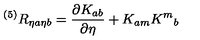
{ } ^ { ( 5 ) } R _ { \eta a \eta b } = { \frac { \partial K _ { a b } } { \partial \eta } } + K _ { a m } K ^ { m } { } _ { b }